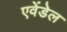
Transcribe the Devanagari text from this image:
एवेंडेल